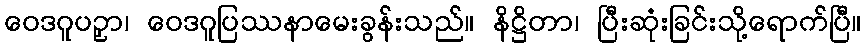
ဝေဒဂူပဉှာ၊ ဝေဒဂူပြဿနာမေးခွန်းသည်။ နိဋ္ဌိတာ၊ ပြီးဆုံးခြင်းသို့ရောက်ပြီ။